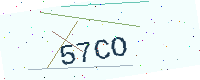
Text: 57CO